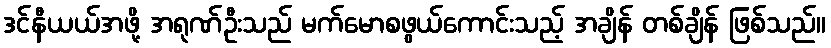
ဒင်နီယယ်အဖို့ အရုဏ်ဦးသည် မက်မောစဖွယ်ကောင်းသည့် အချိန် တစ်ချိန် ဖြစ်သည်။